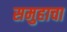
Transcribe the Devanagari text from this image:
समुहाचा